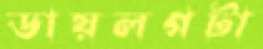
ডায়লগটা